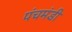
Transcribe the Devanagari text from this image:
पंचमंडी